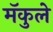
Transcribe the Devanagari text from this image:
मॅकुले